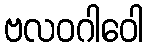
ဗလဝဂါဝေါ